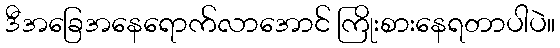
ဒီအခြေအနေရောက်လာအောင် ကြိုးစားနေရတာပါပဲ။